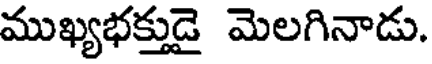
ముఖ్యభక్తుడై మెలగినాడు.